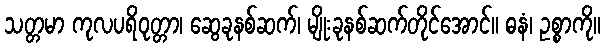
သတ္တမာ ကုလပရိဝုတ္တာ၊ ဆွေခုနစ်ဆက်၊ မျိုးခုနစ်ဆက်တိုင်အောင်။ ဓနံ၊ ဥစ္စာကို။